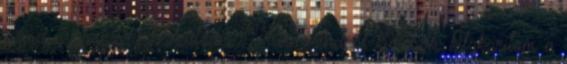
jár a nyaralásra készülődés. Mire mindent kimosok, kitakarítom a